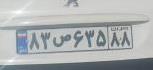
۸۳ص۶۳۵۸۸